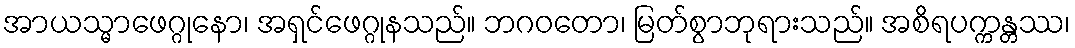
အာယသ္မာဖေဂ္ဂုနော၊ အရှင်ဖေဂ္ဂုနသည်။ ဘဂဝတော၊ မြတ်စွာဘုရားသည်။ အစိရပက္ကန္တဿ၊